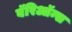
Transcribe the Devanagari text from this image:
बॅरिऑन्स